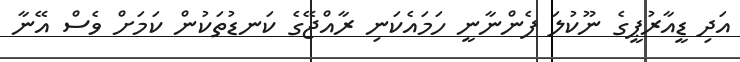
އަދި ޑީއާރުޕީގެ ނޫކުލަ ފެންނާނީ ހަމައެކަނި ރާއްޖޭގެ ކަނޑުތަކުން ކަމަށް ވެސް އޭނާ